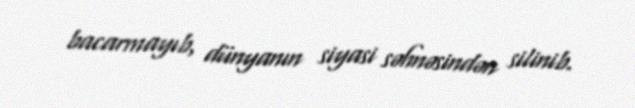
bacarmayıb, dünyanın siyasi səhnəsindən silinib.